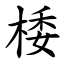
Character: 㮃